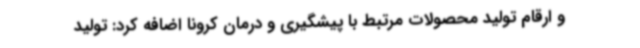
و ارقام تولید محصولات مرتبط با پیشگیری و درمان کرونا اضافه کرد: تولید